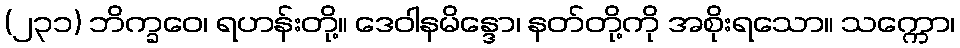
(၂၃၁) ဘိက္ခဝေ၊ ရဟန်းတို့။ ဒေဝါနမိန္ဒော၊ နတ်တို့ကို အစိုးရသော။ သက္ကော၊